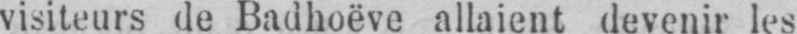
visiteurs de Badhoëve allaient devenir les